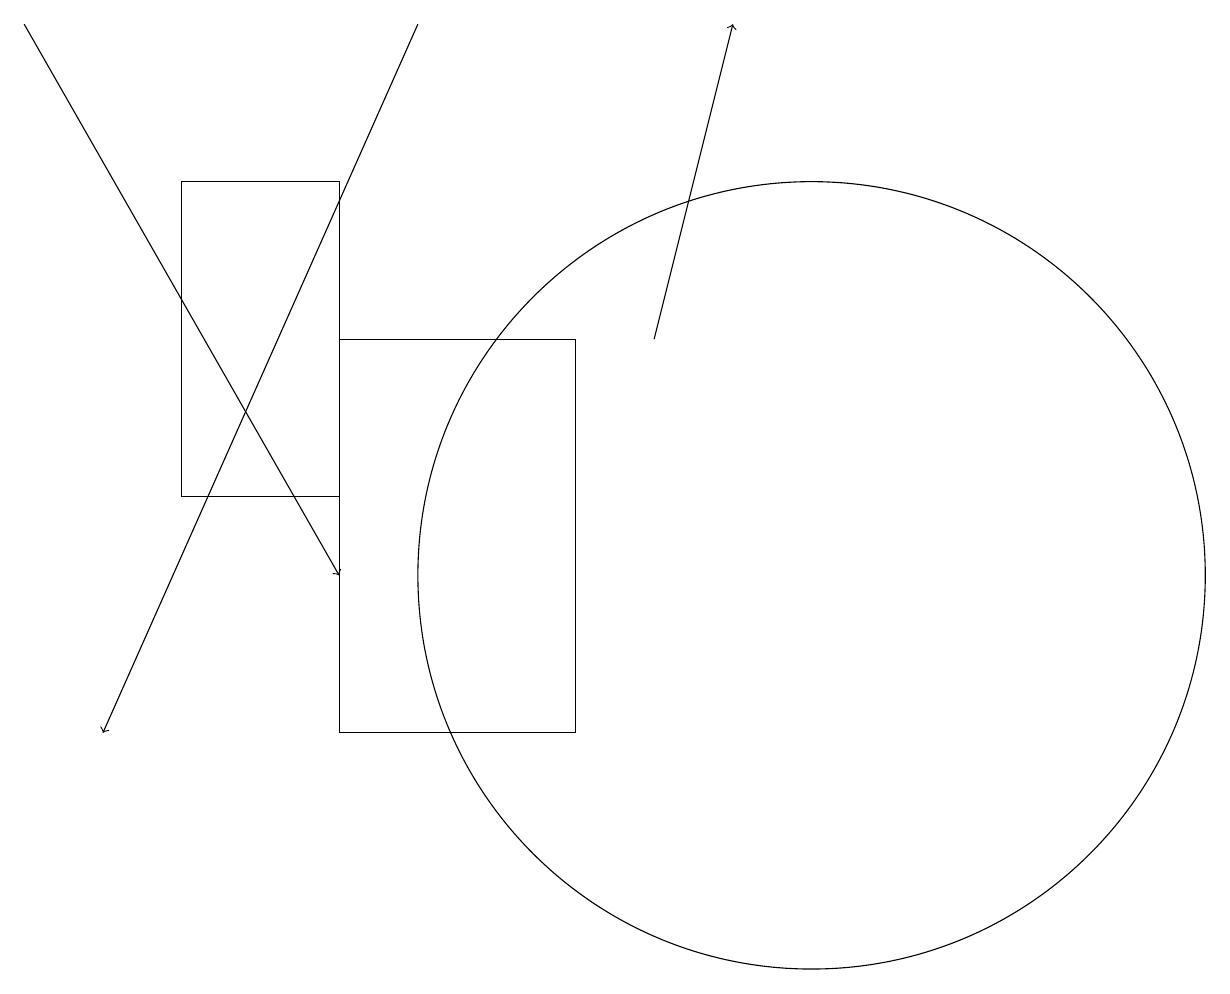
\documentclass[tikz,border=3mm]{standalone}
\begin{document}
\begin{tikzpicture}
\draw[->] (0,19) -- (4,12);
\draw[->] (8,15) -- (9,19);
\draw (10,12) circle (5);
\draw (4,10) rectangle (7,15);
\draw (2,17) rectangle (4,13);
\draw[->] (5,19) -- (1,10);
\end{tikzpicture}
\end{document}